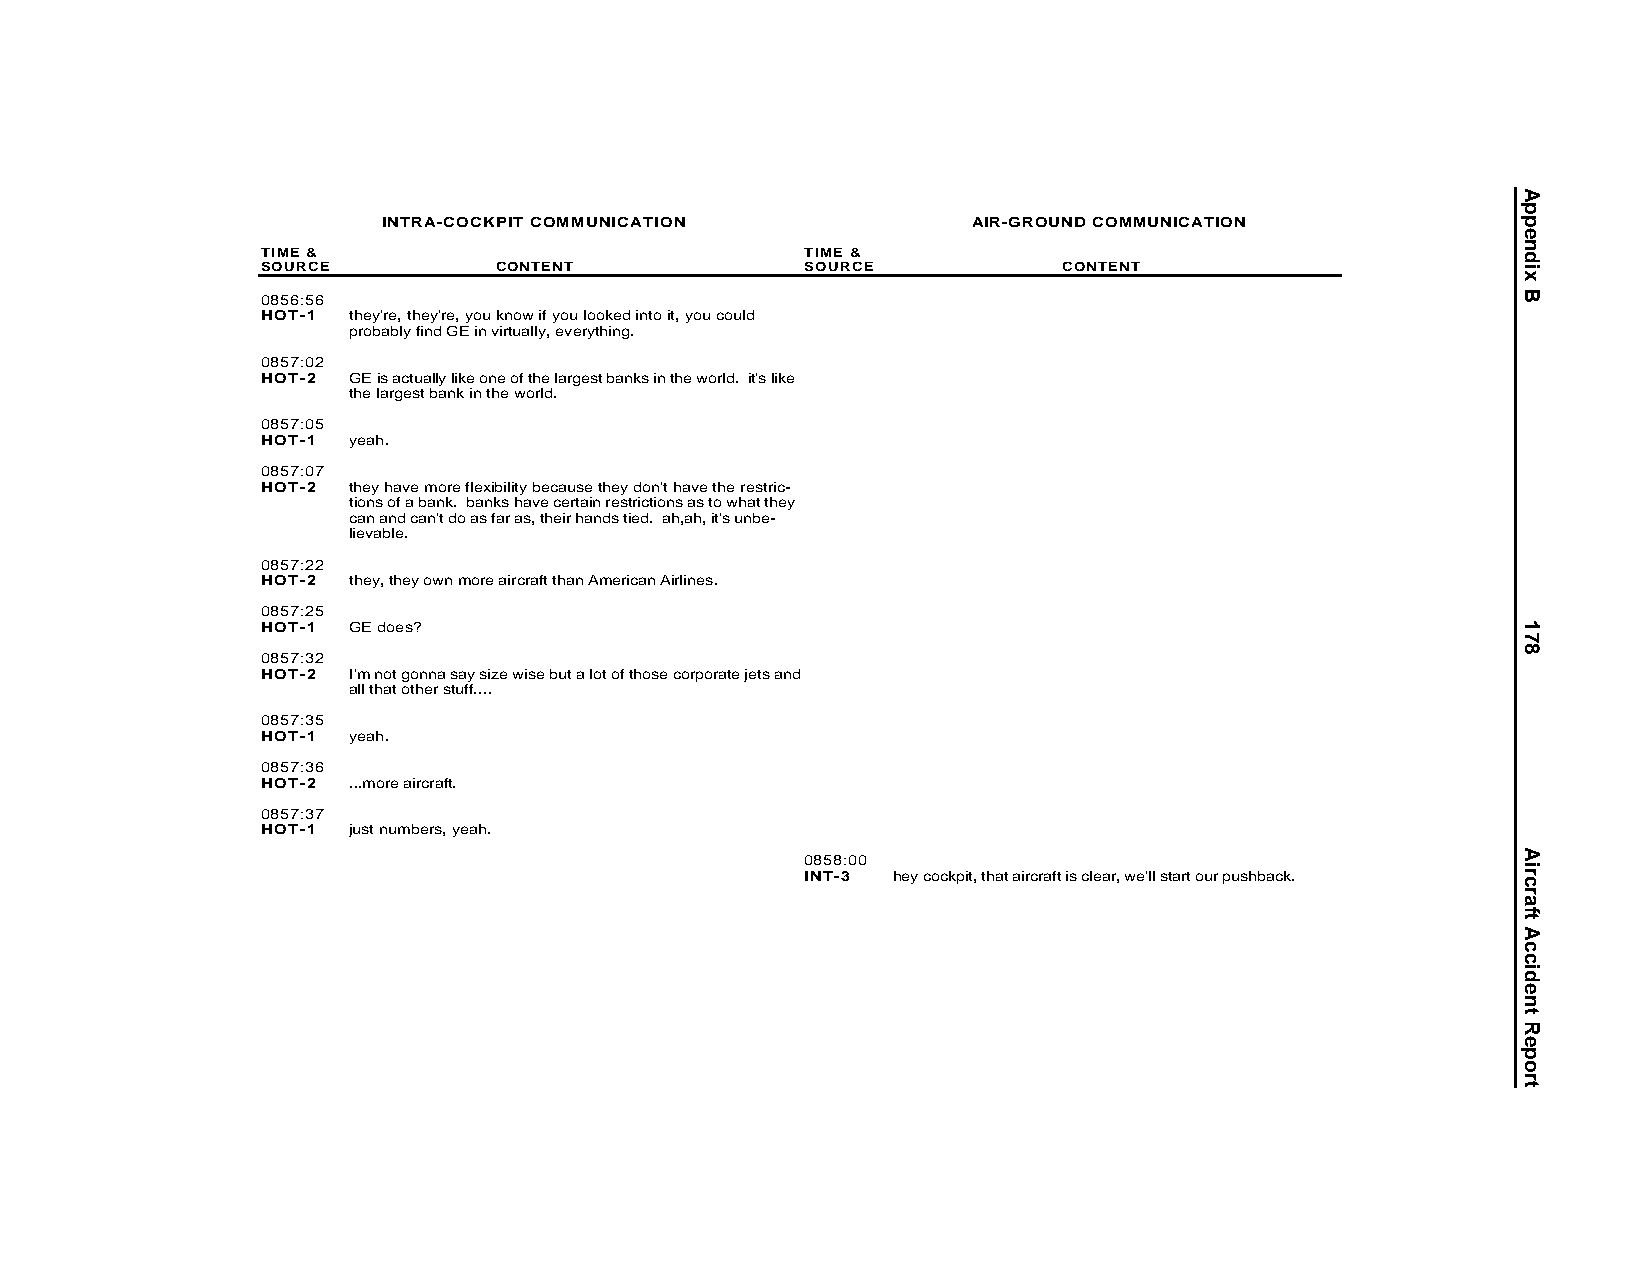
INTRA-COCKPIT COMMUNICATION            AIR-GROUND COMMUNICATION
 TIME &                              TIME &
 SOURCE          CONTENT             SOURCE           CONTENT
 0856:56
 HOT-1 they're, they're, you know if you looked into it, you could
 probably find GE in virtually, everything.
 0857:02
 HOT-2 GE is actually like one of the largest banks in the world. it's like
 the largest bank in the world.
 0857:05
 HOT-1 yeah.
 0857:07
 HOT-2 they have more flexibility because they don't have the restric-
 tions of a bank. banks have certain restrictions as to what they
 can and can't do as far as, their hands tied. ah,ah, it's unbe-
 lievable.
 0857:22
 HOT-2 they, they own more aircraft than American Airlines.
 0857:25
 HOT-1 GE does?
 0857:32
 HOT-2 I'm not gonna say size wise but a lot of those corporate jets and
 all that other stuff....
 0857:35
 HOT-1 yeah.
 0857:36
 HOT-2 ...more aircraft.
 0857:37
 HOT-1 just numbers, yeah.
 0858:00
 INT-3 hey cockpit, that aircraft is clear, we'll start our pushback.
 Appendix
 B
 178
 AircraftAccidentReport